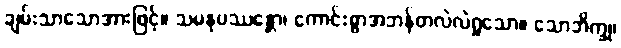
ချမ်းသာသောအားဖြင့်။ သမနုပဿန္တော၊ ကောင်းစွာအဘန်တလဲလဲရှုသော။ သောဘိက္ခု၊